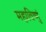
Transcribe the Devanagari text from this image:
महाविष्णुं